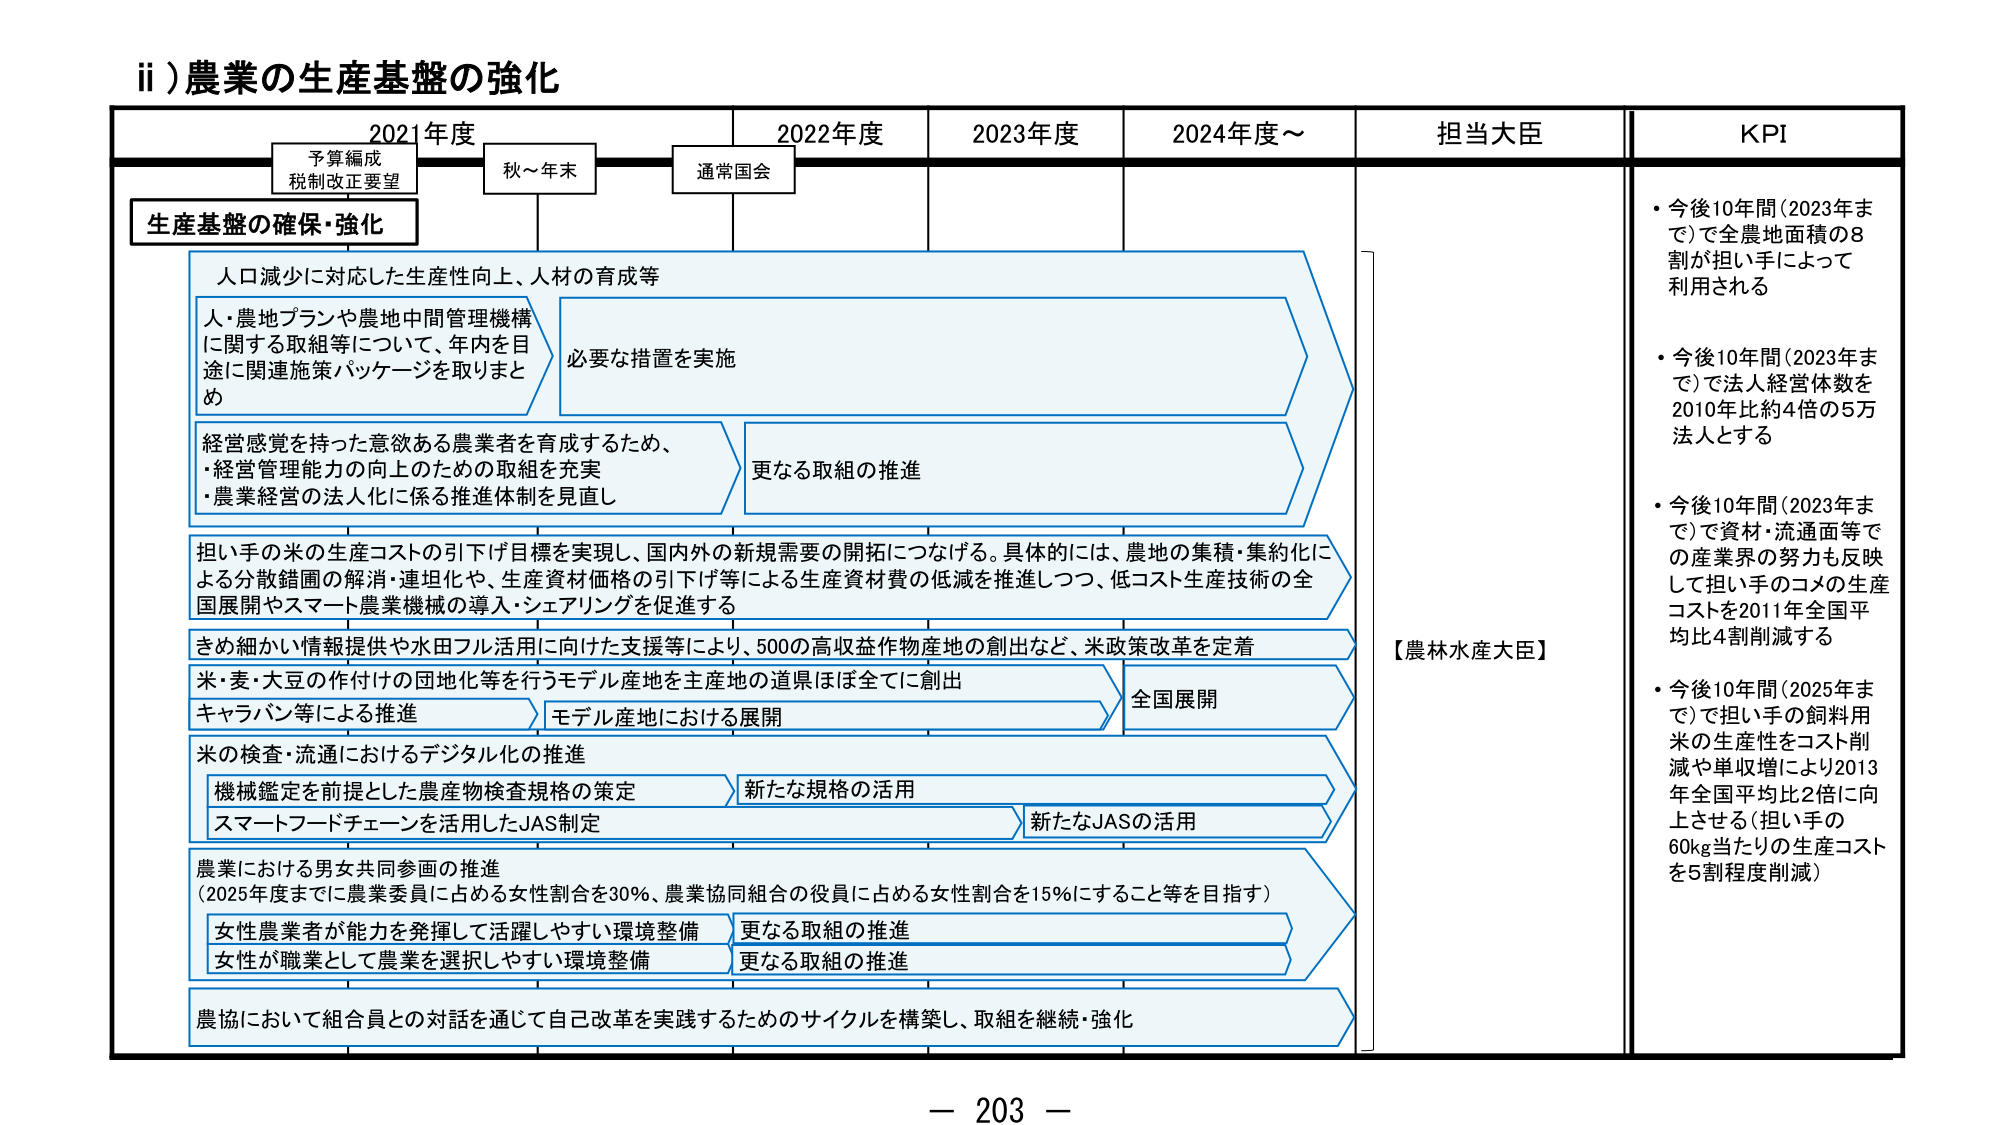
ii) 農業の生産基盤の強化

2021年度　　　　　2022年度　　　　　2023年度　　　　　2024年度～　　　　　担当大臣　　　　　KPI

予算編成
税制改正要望

秋～年末　　　　　通常国会

生産基盤の確保・強化

人口減少に対応した生産性向上、人材の育成等

人・農地プランや農地中間管理機構
に関する取組等について、年内を目
途に関連施策パッケージを取りまと
め

必要な措置を実施

経営感覚を持った意欲ある農業者を育成するため、
・経営管理能力の向上のための取組を充実
・農業経営の法人化に係る推進体制を見直し

更なる取組の推進

担い手の米の生産コストの引下げ目標を実現し、国内外の新規需要の開拓につなげる。具体的には、農地の集積・集約化に
よる分散鋳圃の解消・連坦化や、生産資材価格の引下げ等による生産資材費の低減を推進しつつ、低コスト生産技術の全
国展開やスマート農業機械の導入・シェアリングを促進する

きめ細かい情報提供や水田フル活用に向けた支援等により、500の高収益作物産地の創出など、米政策改革を定着

米・麦・大豆の作付けの団地化等を行うモデル産地を主産地の道県ほぼ全てに創出

キャラバン等による推進　　　　　モデル産地における展開　　　　　全国展開

米の検査・流通におけるデジタル化の推進

機械鑑定を前提とした農産物検査規格の策定　　　　　新たな規格の活用

スマートフードチェーンを活用したJAS制定　　　　　新たなJASの活用

農業における男女共同参画の推進
（2025年度までに農業委員に占める女性割合を30％、農業協同組合の役員に占める女性割合を15％にすること等を目指す）

女性農業者が能力を発揮して活躍しやすい環境整備　　　　　更なる取組の推進

女性が職業として農業を選択しやすい環境整備　　　　　更なる取組の推進

農協において組合員との対話を通じて自己改革を実践するためのサイクルを構築し、取組を継続・強化

【農林水産大臣】

・今後10年間（2023年まで）で全農地面積の8割が担い手によって利用される

・今後10年間（2023年まで）で法人経営体数を2010年比約4倍の5万法人とする

・今後10年間（2023年まで）で資材・流通面等での産業界の努力も反映して担い手のコメの生産コストを2011年全国平均比4割削減する

・今後10年間（2025年まで）で担い手の飼料用米の生産性をコスト削減や単収増により2013年全国平均比2倍に向上させる（担い手の60kg当たりの生産コストを5割程度削減）

－ 203 －